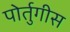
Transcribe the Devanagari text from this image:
पोर्तुगीस